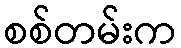
စစ်တမ်းက